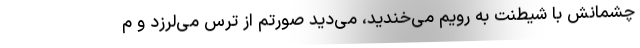
چشمانش با شیطنت به رویم می‌خندید، می‌دید صورتم از ترس می‌لرزد و م